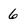
Character: 6